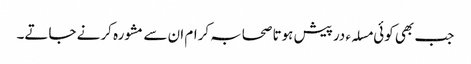
جب بھی کوئی مسلہء درپیش ہوتا صحابہ کرام ان سے مشورہ کرنے جاتے۔